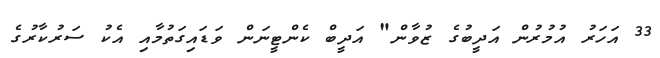
33 އަހަރު އުމުރުން އަދީބުގެ ޒުވާން" އަދީބް ކެންޓީނަން ވަޑައިގަތުމާއި އެކު ސަރުކާރުގެ